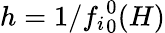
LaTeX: h=1/{f_{i}}_{0}^{0}(H)